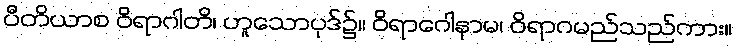
ပီတိယာစ ဝိရာဂါတိ၊ ဟူသောပုဒ်၌။ ဝိရာဂေါနာမ၊ ဝိရာဂမည်သည်ကား။